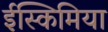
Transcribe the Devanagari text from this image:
ईस्किमिया